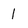
Character: 1